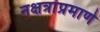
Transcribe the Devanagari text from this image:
नक्षत्रांप्रमाणे